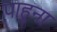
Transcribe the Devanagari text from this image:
पाहुना